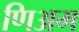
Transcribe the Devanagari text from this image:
णिअम